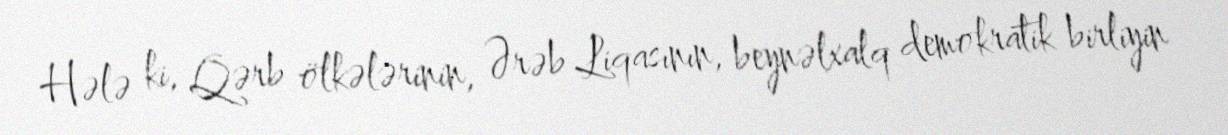
Hələ ki, Qərb ölkələrinin, Ərəb Liqasının, beynəlxalq demokratik birliyin